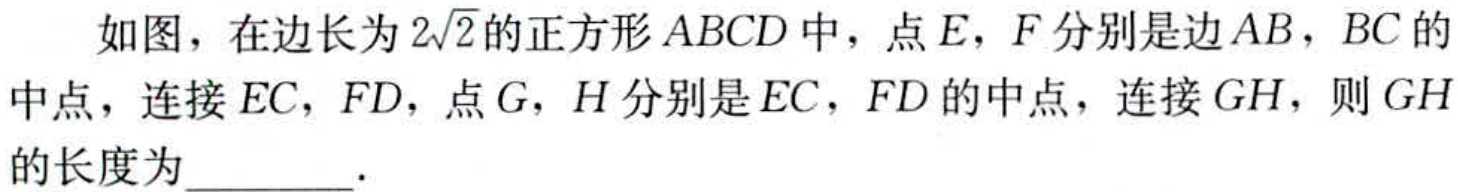
如图，在边长为\(2\sqrt{2}\)的正方形\(ABCD\)中，点\(E\)，\(F\)分别是边\(AB\)，\(BC\)的中点，连接\(EC\)，\(FD\)，点\(G\)，\(H\)分别是\(EC\)，\(FD\)的中点，连接\(GH\)，则\(GH\)的长度为  ．